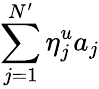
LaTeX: \sum_{j=1}^{N^{\prime}}\eta_{j}^{u}a_{j}